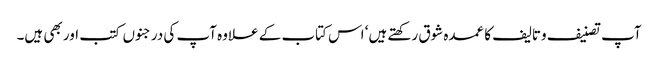
آپ تصنیف وتالیف کا عمدہ شوق رکھتے ہیں‘ اس کتاب کے علاوہ آپ کی درجنوں کتب اور بھی ہیں۔